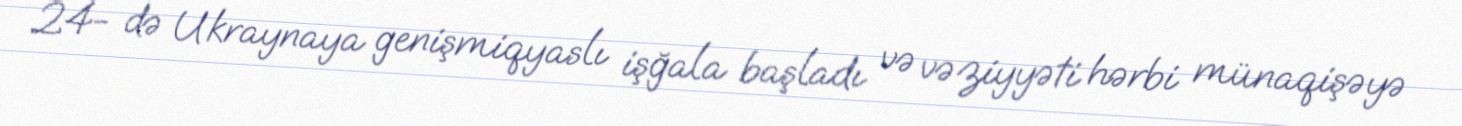
24- də Ukraynaya genişmiqyaslı işğala başladı və vəziyyəti hərbi münaqişəyə